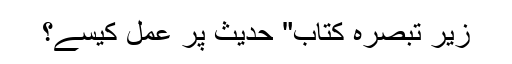
زیر تبصرہ کتاب" حدیث پر عمل کیسے؟